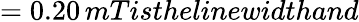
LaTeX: =0.20\, mTisthelinewidthand